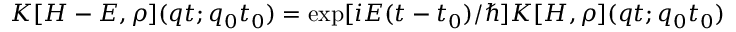
K [ H - E , \rho ] ( q t ; q _ { 0 } t _ { 0 } ) = \exp [ i E ( t - t _ { 0 } ) / \hbar ] K [ H , \rho ] ( q t ; q _ { 0 } t _ { 0 } )